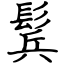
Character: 鬂